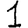
Digit: 1